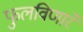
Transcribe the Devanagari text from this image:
फुलविणारे